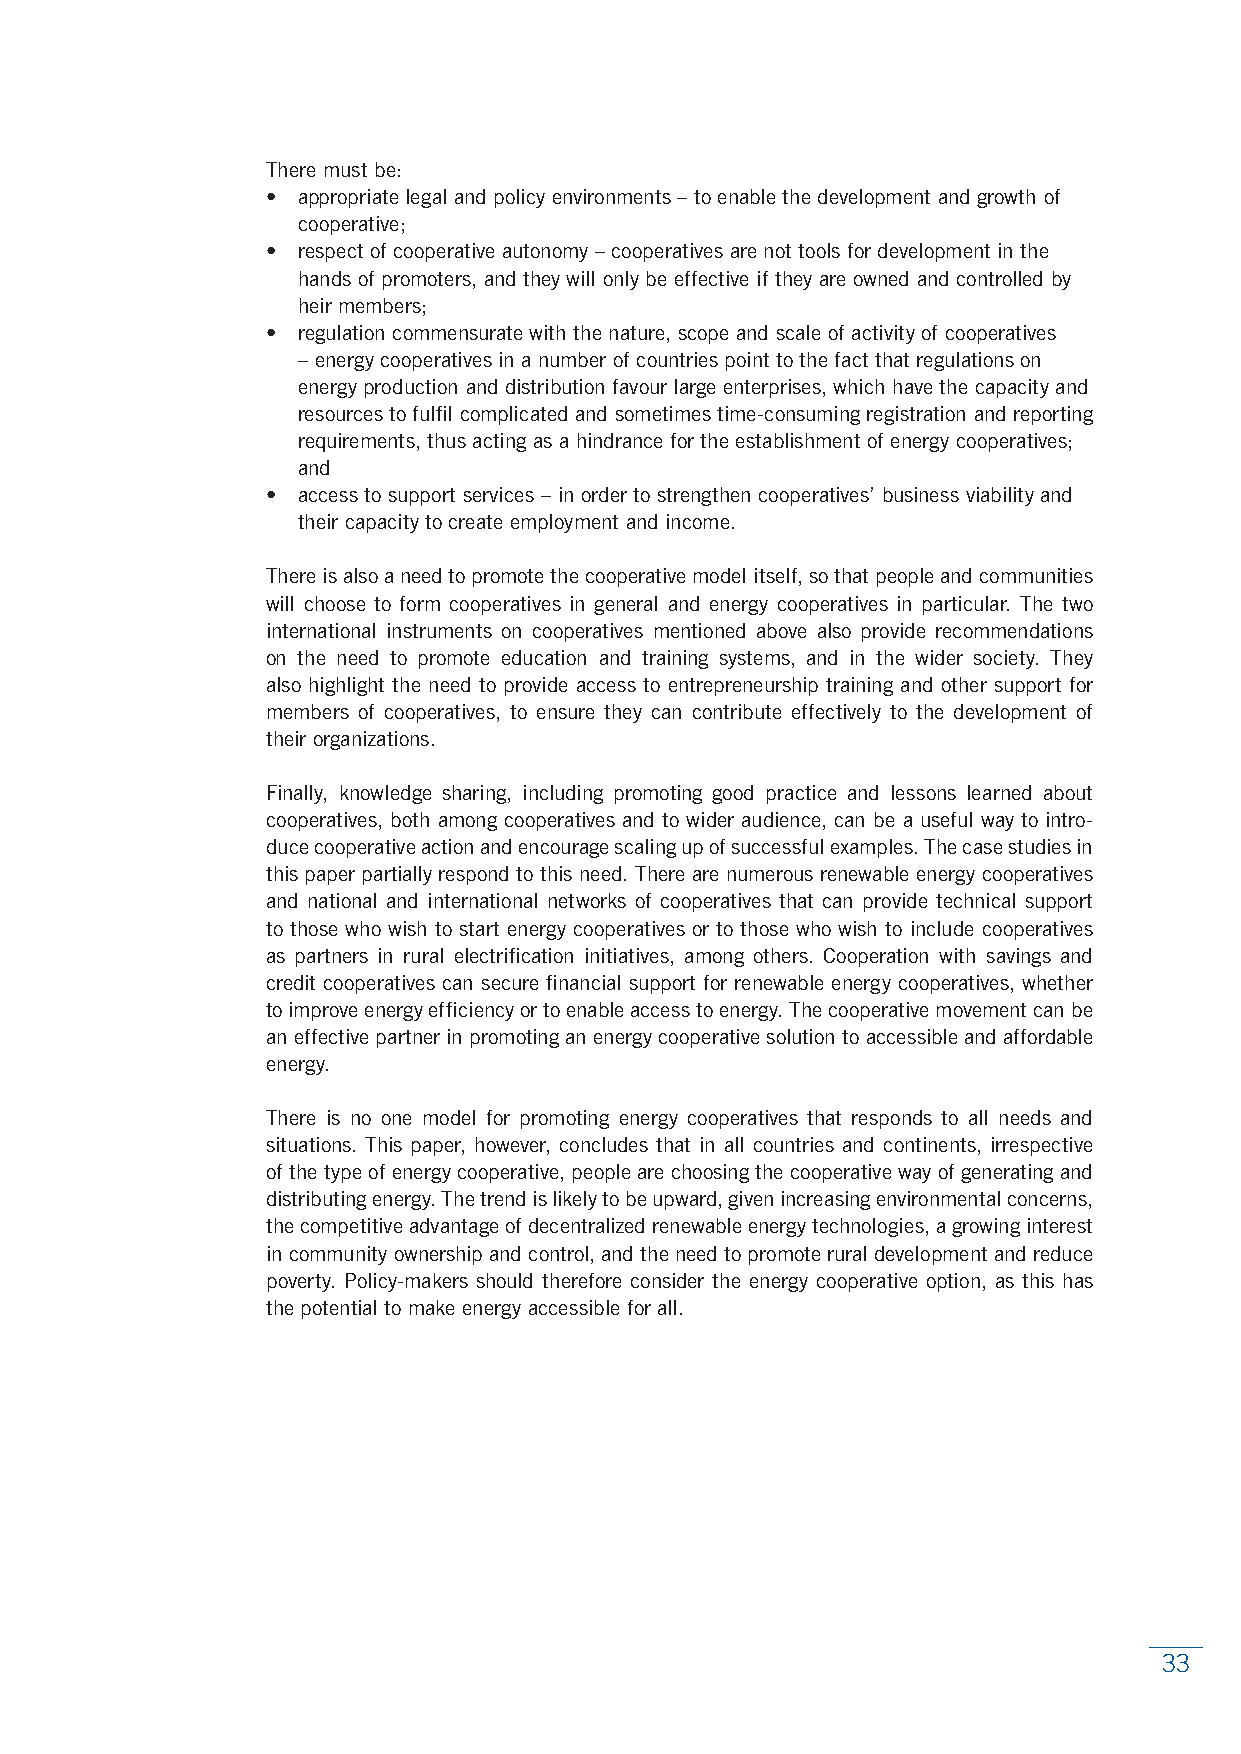
There must be:
 • appropriate legal and policy environments – to enable the development and growth of
 cooperative;
 • respect of cooperative autonomy – cooperatives are not tools for development in the
 hands of promoters, and they will only be effective if they are owned and controlled by
 heir members;
 • regulation commensurate with the nature, scope and scale of activity of cooperatives
 – energy cooperatives in a number of countries point to the fact that regulations on
 energy production and distribution favour large enterprises, which have the capacity and
 resources to fulfil complicated and sometimes time-consuming registration and reporting
 requirements, thus acting as a hindrance for the establishment of energy cooperatives;
 and
 • access to support services – in order to strengthen cooperatives’ business viability and
 their capacity to create employment and income.
 There is also a need to promote the cooperative model itself, so that people and communities
 will choose to form cooperatives in general and energy cooperatives in particular. The two
 international instruments on cooperatives mentioned above also provide recommendations
 on the need to promote education and training systems, and in the wider society. They
 also highlight the need to provide access to entrepreneurship training and other support for
 members of cooperatives, to ensure they can contribute effectively to the development of
 their organizations.
 Finally, knowledge sharing, including promoting good practice and lessons learned about
 cooperatives, both among cooperatives and to wider audience, can be a useful way to intro-
 duce cooperative action and encourage scaling up of successful examples. The case studies in
 this paper partially respond to this need. There are numerous renewable energy cooperatives
 and national and international networks of cooperatives that can provide technical support
 to those who wish to start energy cooperatives or to those who wish to include cooperatives
 as partners in rural electrification initiatives, among others. Cooperation with savings and
 credit cooperatives can secure financial support for renewable energy cooperatives, whether
 to improve energy efficiency or to enable access to energy. The cooperative movement can be
 an effective partner in promoting an energy cooperative solution to accessible and affordable
 energy.
 There is no one model for promoting energy cooperatives that responds to all needs and
 situations. This paper, however, concludes that in all countries and continents, irrespective
 of the type of energy cooperative, people are choosing the cooperative way of generating and
 distributing energy. The trend is likely to be upward, given increasing environmental concerns,
 the competitive advantage of decentralized renewable energy technologies, a growing interest
 in community ownership and control, and the need to promote rural development and reduce
 poverty. Policy-makers should therefore consider the energy cooperative option, as this has
 the potential to make energy accessible for all.
 33